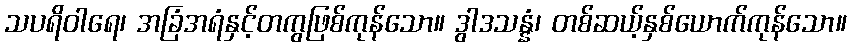
သပရိဝါရေ၊ အခြံအရံနှင့်တကွဖြစ်ကုန်သော။ ဒွါဒသန္နံ၊ တစ်ဆယ့်နှစ်ယောက်ကုန်သော။